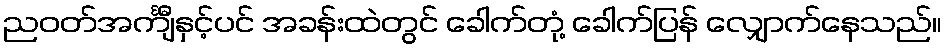
ညဝတ်အင်္ကျီနှင့်ပင် အခန်းထဲတွင် ခေါက်တုံ့ ခေါက်ပြန် လျှောက်နေသည်။